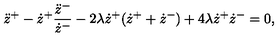
\ddot { z } ^ { + } - \dot { z } ^ { + } \frac { \ddot { z } ^ { - } } { \dot { z } ^ { - } } - 2 \lambda \dot { z } ^ { + } ( \dot { z } ^ { + } + \dot { z } ^ { - } ) + 4 \lambda \dot { z } ^ { + } \dot { z } ^ { - } = 0 ,